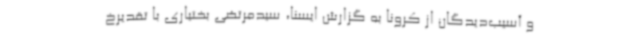
و آسیب‌دیدگان از کرونا به گزارش ایسنا، سیدمرتضی بختیاری با تقدیرخ